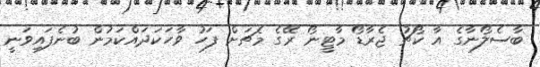
ބާސެލޯނާގެ އާ ކޯޗު ޖެރާޑޯ މާޓީނޯ ރޭގެ މެޗަށް ފަހު ވާހަކަދައްކަމުން ބުނެފައިވަނީ